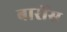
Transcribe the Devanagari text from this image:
बार्रोस